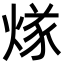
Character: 煫